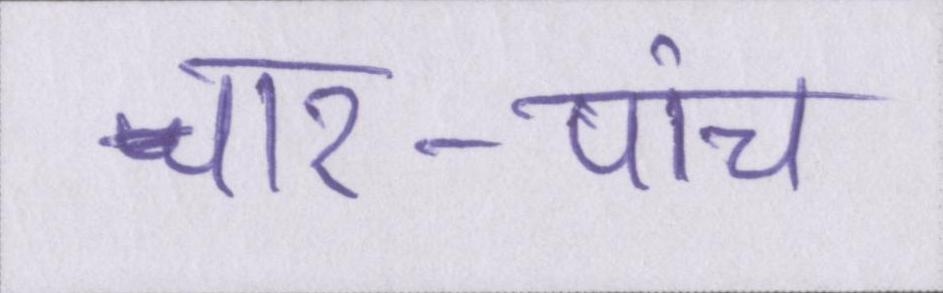
चार-पांच